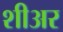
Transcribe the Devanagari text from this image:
शीअर